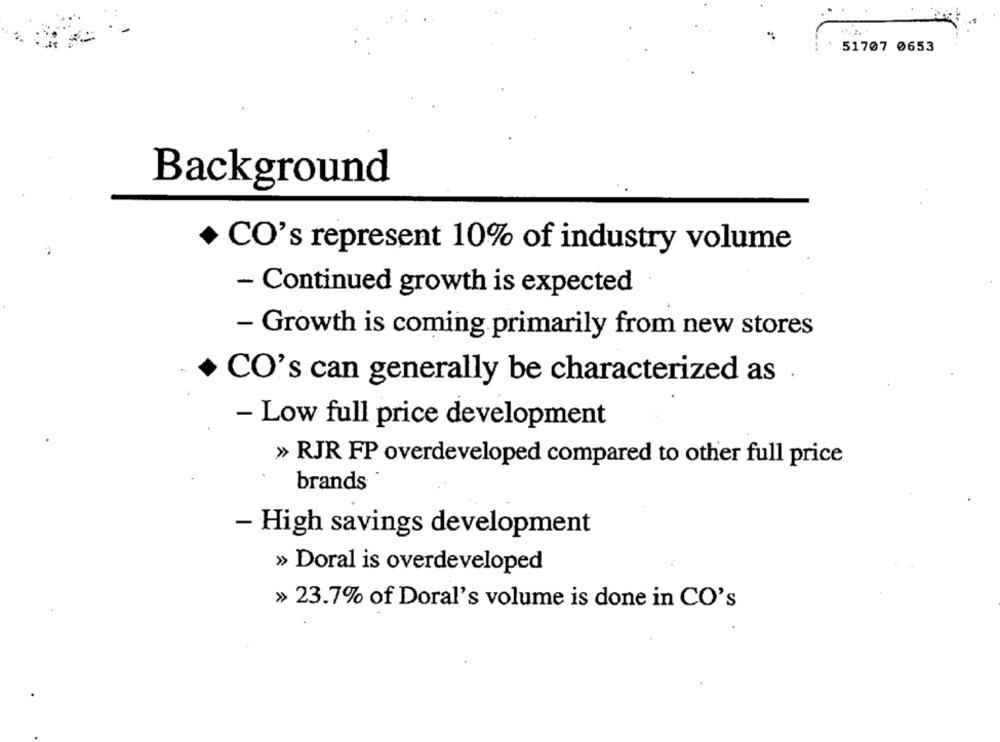
51707 0653
Background
+ CO's represent 10% of industry volume
- Continued growth is expected
- Growth is coming primarily from new stores
CO's can generally be characterized as .
- Low full price development
» RJR FP overdeveloped compared to other full price
brands
- High savings development
» Doral is overdeveloped
» 23.7% of Doral's volume is done in CO's